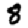
Digit: 8